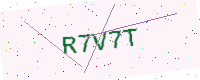
Text: R7V7T